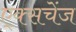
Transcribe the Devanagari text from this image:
ए्क्सचेंज